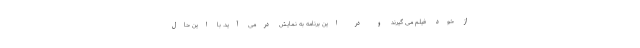
از خود فیلم می گیرند و در این برنامه به نمایش درمی آید. با این حال